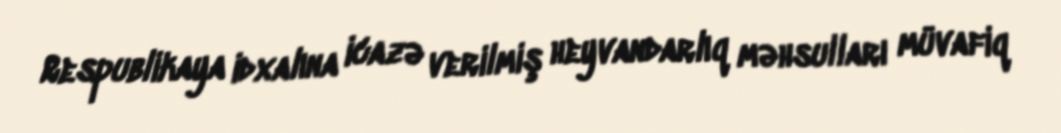
Respublikaya idxalına icazə verilmiş heyvandarlıq məhsulları müvafiq